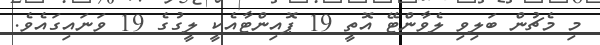
މި މެޗުން ބަލިވި ލެވާންޓޭ އޮތީ 19 ޕޮއިންޓާއެކީ ލީގުގެ 19 ވަނައިގައެވެ.